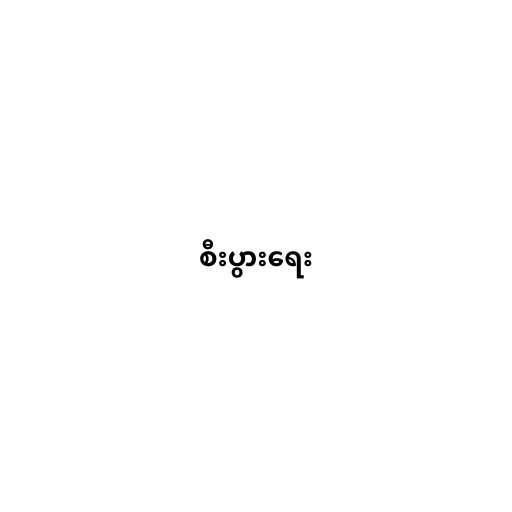
စီးပွားရေး